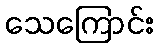
သေကြောင်း